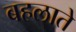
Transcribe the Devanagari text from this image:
बहलाते